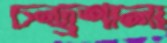
চন্দ্র্রশালা